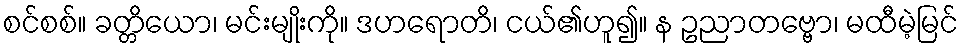
စင်စစ်။ ခတ္တိယော၊ မင်းမျိုးကို။ ဒဟရောတိ၊ ငယ်၏ဟူ၍။ န ဥညာတဗ္ဗော၊ မထီမဲ့မြင်